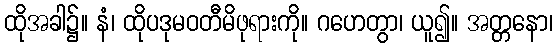
ထိုအခါ၌။ နံ၊ ထိုပဒုမဝတီမိဖုရားကို။ ဂဟေတွာ၊ ယူ၍။ အတ္တနော၊